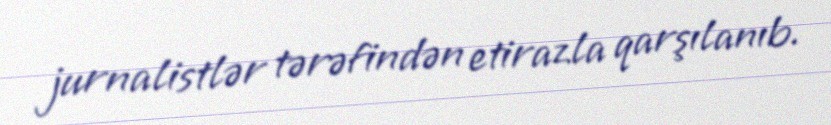
jurnalistlər tərəfindən etirazla qarşılanıb.